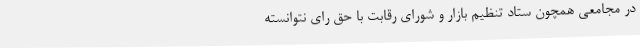
در مجامعی همچون ستاد تنظیم بازار و شورای رقابت با حق رای نتوانسته